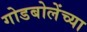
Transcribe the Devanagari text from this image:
गोडबोलेंच्या